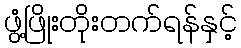
ဖွံ့ဖြိုးတိုးတက်ရန်နှင့်